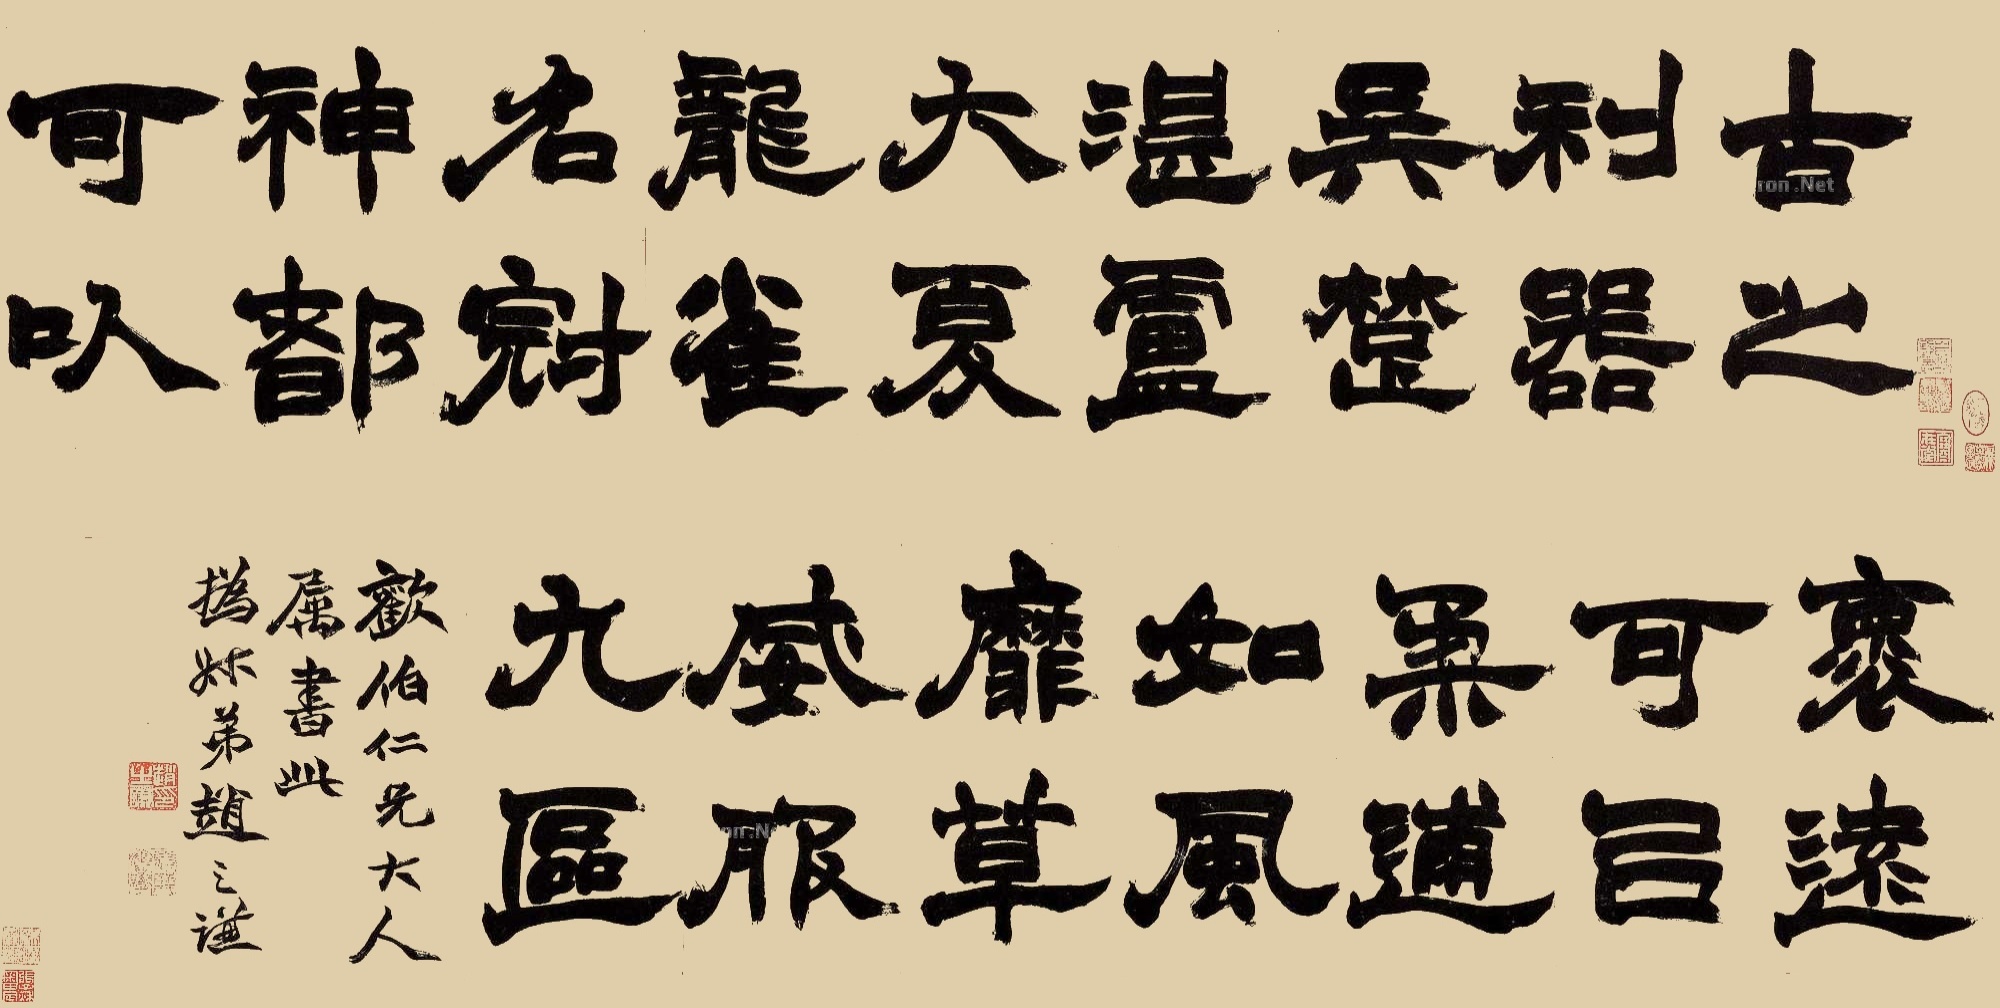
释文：古之利器，吴、楚湛卢。大夏龙雀，名冠神都。可以褱远，可以柔逋。如风靡草，威服九区。欢伯仁兄大人属书此，㧑叔弟赵之谦。